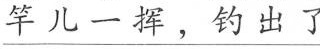
\underline{竿儿一挥，钓出了}